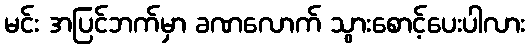
မင်း အပြင်ဘက်မှာ ခဏလောက် သွားစောင့်ပေးပါလား